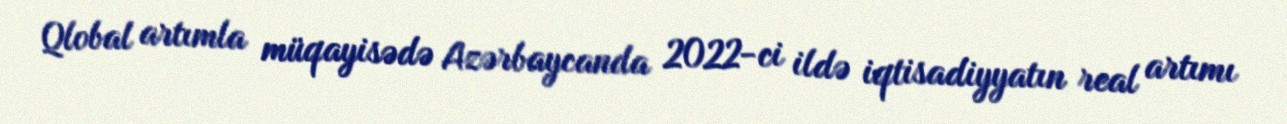
Qlobal artımla müqayisədə Azərbaycanda 2022-ci ildə iqtisadiyyatın real artımı